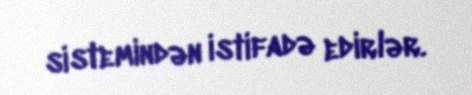
sistemindən istifadə edirlər.